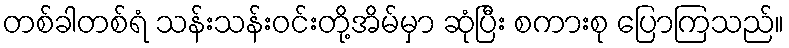
တစ်ခါတစ်ရံ သန်းသန်းဝင်းတို့အိမ်မှာ ဆုံပြီး စကားစု ပြောကြသည်။